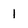
Character: l